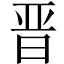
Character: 晋